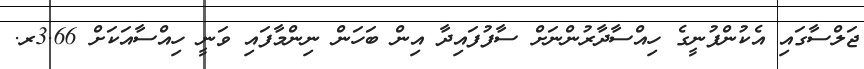
ޖަލްސާގައި އެކުންފުނީގެ ހިއްސާދާރުންނަށް ސާފުފައިދާ އިން ބަހަން ނިންމާފައި ވަނީ ހިއްސާއަކަށް 3.66ރ.